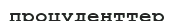
процуденттер